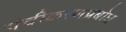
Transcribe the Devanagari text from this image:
पंचीकरणप्रबोध